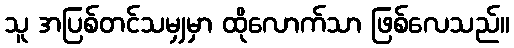
သူ အပြစ်တင်သမျှမှာ ထိုလောက်သာ ဖြစ်လေသည်။